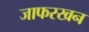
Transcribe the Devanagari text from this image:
जाफरखन